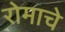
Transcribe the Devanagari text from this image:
रोमाचे